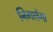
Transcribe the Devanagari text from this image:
निगलेगा